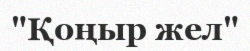
"Қоңыр жел"